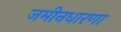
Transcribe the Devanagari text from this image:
जमीनधारणा